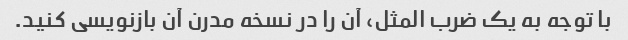
با توجه به یک ضرب المثل، آن را در نسخه مدرن آن بازنویسی کنید.